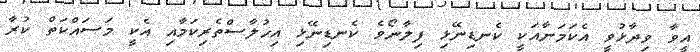
އީވާ ވިދާޅުވީ އެކަަމަނާއަކީ ކެނޑިނޭޅި ފިލާނޯވެ ކެނޑިނޭޅި އިޚުލާސްތެެރިކަމާއި އެކީ މަސައްކަތް ކުރާ